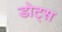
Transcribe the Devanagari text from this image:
डोट्स